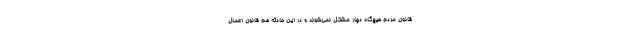
قانون مردم هیچ‌گاه دچار مشکل نمی‌شوند و در این حادثه هم قانون اعمال